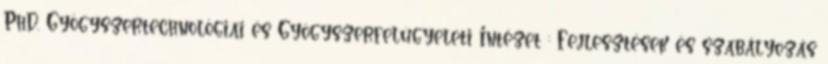
PhD. Gyógyszertechnológiai és Gyógyszerfelügyeleti Intézet : Fejlesztések és szabályozás